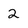
Character: 2